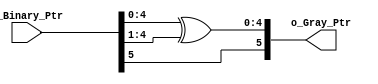
module B2G #(
    parameter ADDR_WIDTH='d5 
) (
    input  wire [ADDR_WIDTH:0] i_Binary_Ptr,
    output reg  [ADDR_WIDTH:0] o_Gray_Ptr
);

always @(*) begin
    o_Gray_Ptr={i_Binary_Ptr[ADDR_WIDTH] ,i_Binary_Ptr[ADDR_WIDTH-1:0] ^ (i_Binary_Ptr[ADDR_WIDTH-1:0]>>1'b1)};
end
    
endmodule